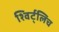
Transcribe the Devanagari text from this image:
श्विर्ट्लिच